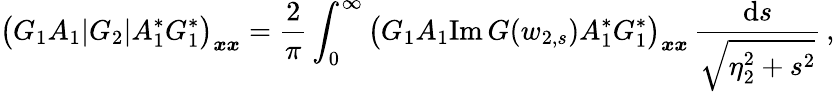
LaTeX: \big(G_{1}A_{1}|G_{2}|A_{1}^{*}G_{1}^{*}\big)_{\boldsymbol{x}\boldsymbol{x}}=\frac{2}{\pi}\int_{0}^{\infty}\big(G_{1}A_{1}\mathrm{Im}\, G(w_{2,s})A_{1}^{*}G_{1}^{*}\big)_{\boldsymbol{x}\boldsymbol{x}}\, \frac{\mathrm{d}s}{\sqrt{\eta_{2}^{2}+s^{2}}}\, ,